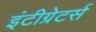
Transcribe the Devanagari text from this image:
इंटीग्रेटर्स